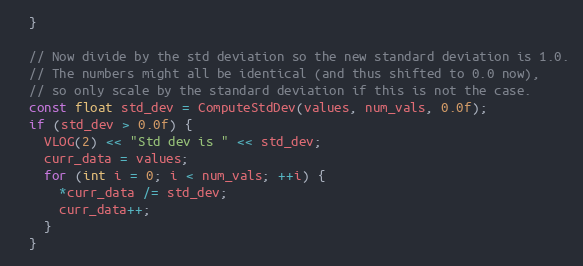
Language: C
  }

  // Now divide by the std deviation so the new standard deviation is 1.0.
  // The numbers might all be identical (and thus shifted to 0.0 now),
  // so only scale by the standard deviation if this is not the case.
  const float std_dev = ComputeStdDev(values, num_vals, 0.0f);
  if (std_dev > 0.0f) {
    VLOG(2) << "Std dev is " << std_dev;
    curr_data = values;
    for (int i = 0; i < num_vals; ++i) {
      *curr_data /= std_dev;
      curr_data++;
    }
  }